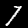
Digit: 7